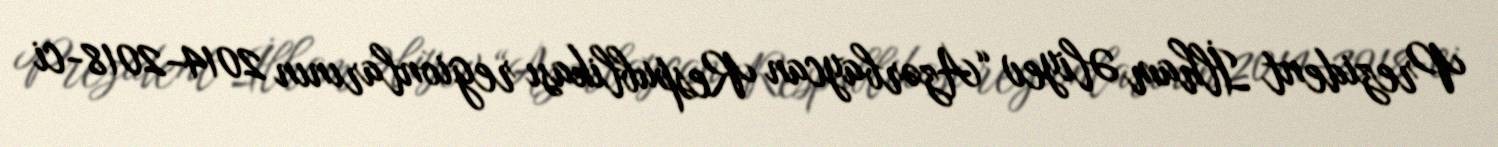
Prezident İlham Əliyev “Azərbaycan Respublikası regionlarının 2014-2018-ci